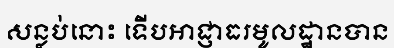
សន្លប់នោះ ទើបអាជ្ញាធរមូលដ្ឋានបាន